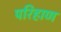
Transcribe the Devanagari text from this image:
परिहाण